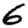
Digit: 6